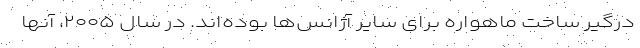
درگیر ساخت ماهواره برای سایر آژانس‌ها بوده‌اند. در سال ۲۰۰۵، آنها